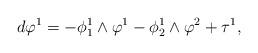
LaTeX: \begin{align*}d\varphi^1=-\phi_1^1\wedge\varphi^1-\phi_2^1\wedge\varphi^2+\tau^1,\end{align*}